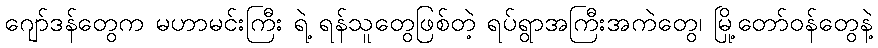
ဂျော်ဒန်တွေက မဟာမင်းကြီး ရဲ့ ရန်သူတွေဖြစ်တဲ့ ရပ်ရွာအကြီးအကဲတွေ၊ မြို့တော်ဝန်တွေနဲ့